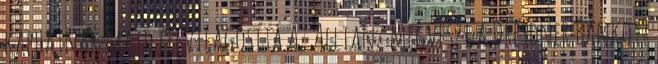
kaphatnak majd felvilágosítá Az Allianz megveszi a Dresdner Bankot?